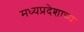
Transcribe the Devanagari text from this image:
मध्यप्रदेशाच्या